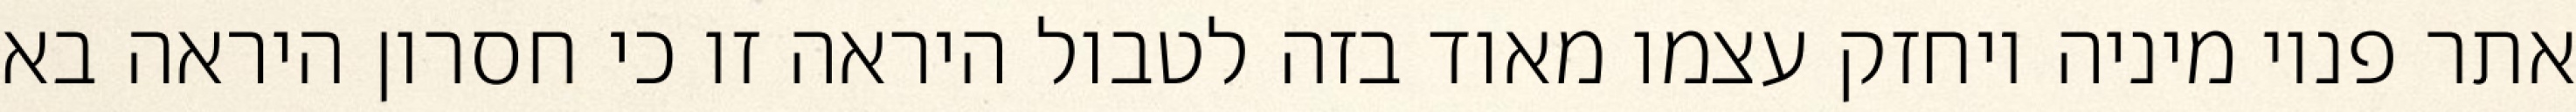
אתר פנוי מיניה ויחזק עצמו מאוד בזה לטבול היראה זו כי חסרון היראה בא